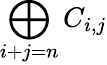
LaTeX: \bigoplus_{i+j=n}C_{i,j}